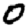
Digit: 0